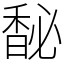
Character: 馝